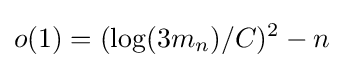
o(1)=(\log(3m_{n})/C)^{2}-n